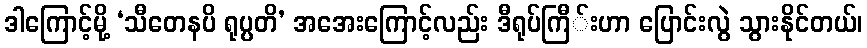
ဒါကြောင့်မို့ ‘သီတေနပိ ရုပ္ပတိ’ အအေးကြောင့်လည်း ဒီရုပ်ကြီ်းဟာ ပြောင်းလွဲ သွားနိုင်တယ်၊